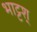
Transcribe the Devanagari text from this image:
भाट्टश्